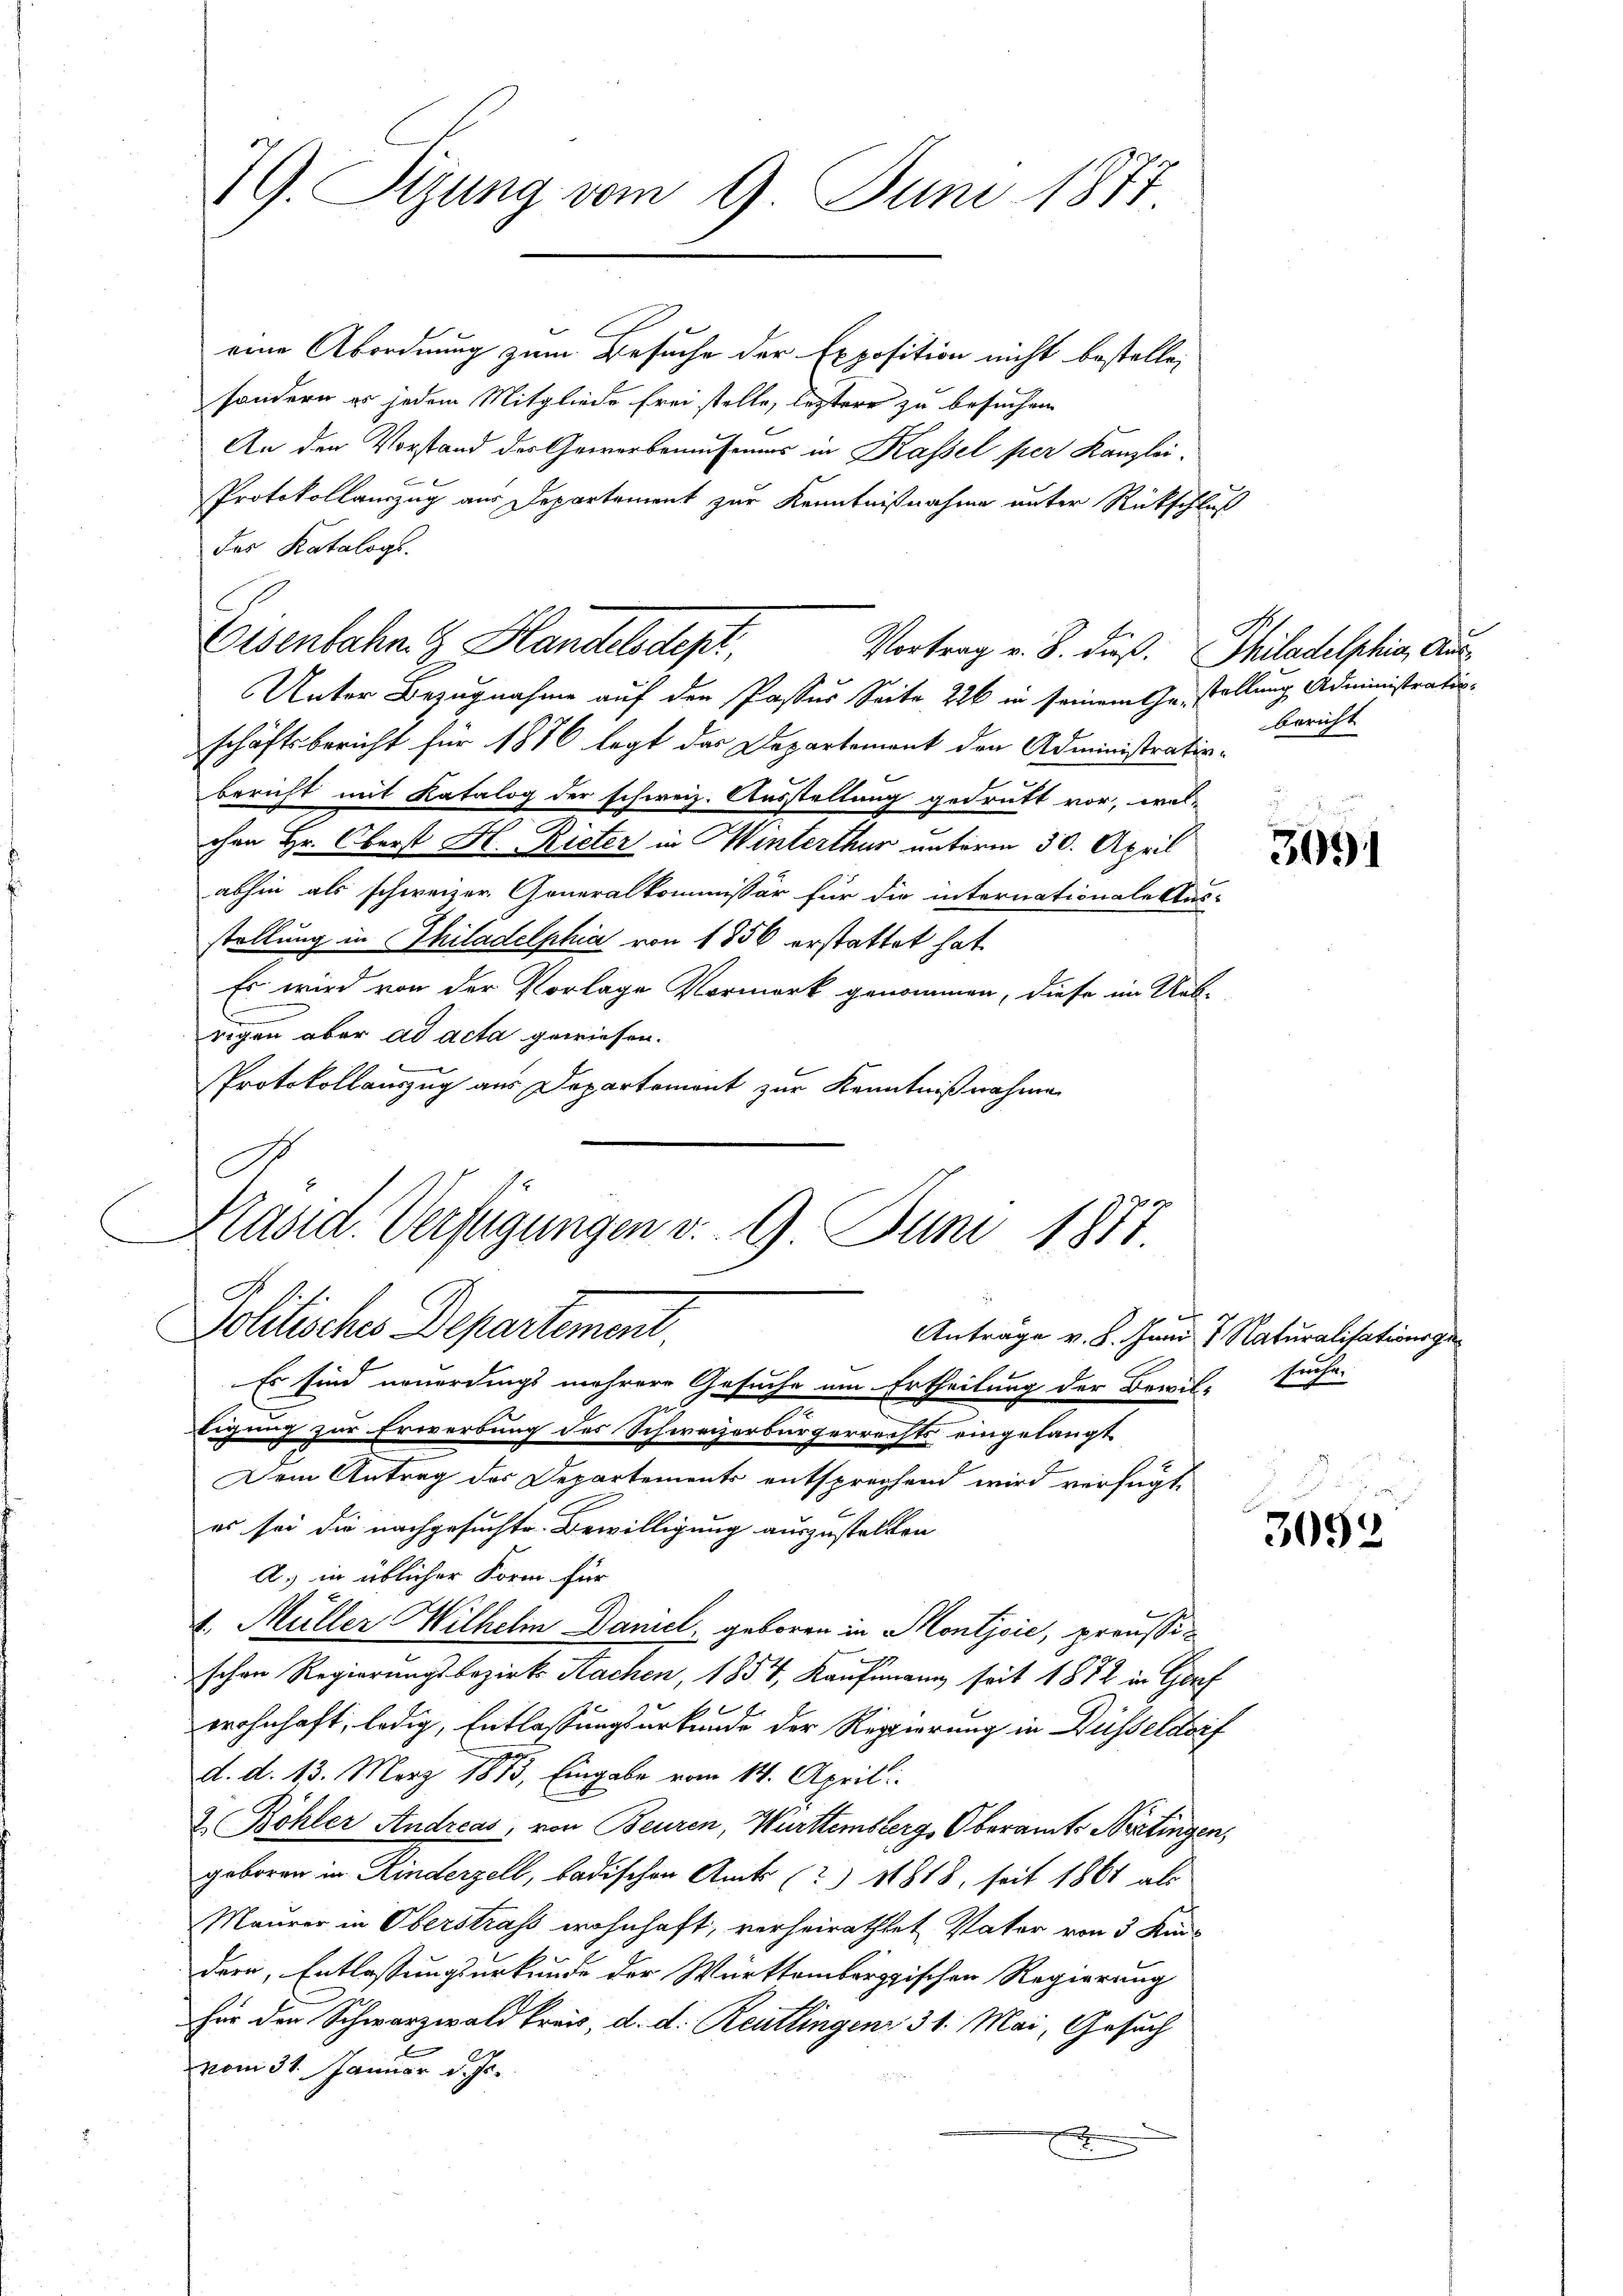
79. Sizung vom 9. Juni 1877

eine Abordnung zum Besuche der Exposition nicht bestelle,
sondern es jedem Mitgliede frei stelle, letztere zu besuchen
An den Vorstand des Gewerbemusemas in Kassel per Kanzlei.
Protokollanzug aus Departement zur Kenntnißnahme unter Rückschluß
des Katalogs.
Eisenbahn. G. Handelsdept,
Vortrag v. 8. dieß. Philadelphia, Aus¬
Unter Bezugnahme auf den Passus Seite 226 in seinem Gestellung Administratio
schäftsbericht für 1876 legt das Departement den Administrativ-
bericht mit Katalog der schweiz. Ausstellung gedrutt vor, wel-
chen Hr. Oberst H. Rieter in Winterthur unterm 30. April
abhin als schweizer Generalkommissär für die internationale Aus-
stellung in Philadelphia von 1856 erstattet hat.
Es wird von der Vorlage Vormerk genommen, diese im Ueb-
rigen aber ad acta gewiesen.
Protokollauszug aus Departemont zur Kenntnißnahme
Präsid. Verfügungen v. 9. Juni 1887
Politisches Departement.
Antrage v. 8. Juni 7. Naturalisationsge¬

Es sind neuerdings mehrere Gesuche um Ertheilung der Bewil-Suche.

bericht

lichung zur Erwerbung des Schweizerbürgerrechts eingelangt
Dem Antrag der Departements entsprechend wird verfügt,
es sei die nachgesuchte Bewilligung auszustellten
A.) in üblicher Form für
4. Müller Wilhelm Daniel geboren in Montjcić, preussi¬

schon Regierungsbezirks Sachen, 1854, Kaufmann seit 1872 in Genf
wohnhaft, ledig, Entlassungsurkunde der Regierung in Düsseldorf
d. d. 13. März 1813, Eingabe vom 14. April
& Böhler Andreas, von Beuren, Württemberg, Oberamts Nestingen,
geboren in Kinderzell, badischen Amts (?) 11818, seit 1861 als
Maurer in Oberstraf wohnhaft, verheirathtet Vater von 3 Kin-
dern, Entlassungsurkunde der Württembergischen Regierung
für den Schwarzwald kreis, d. d. Reutlingen 31. Mai, Gesuch
vom 31. Januar d. Js.
x

3091

3052